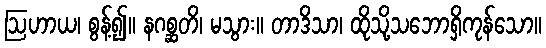
ဩဟာယ၊ စွန့်၍။ နဂစ္ဆတိ၊ မသွား။ တာဒိသာ၊ ထိုသို့သဘောရှိကုန်သော။